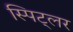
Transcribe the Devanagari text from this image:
स्पिट्लर